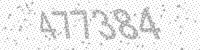
Solution: 477384